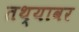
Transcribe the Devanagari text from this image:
तथ्यावर